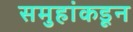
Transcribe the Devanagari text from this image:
समुहांकडून